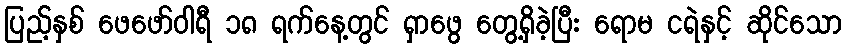
ပြည့်နှစ် ဖေဖော်ဝါရီ ၁၈ ရက်နေ့တွင် ရှာဖွေ တွေ့ရှိခဲ့ပြီး ရောမ ငရဲနှင့် ဆိုင်သော